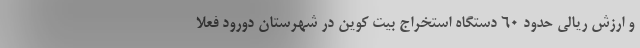
و ارزش ریالی حدود 60 دستگاه استخراج بیت کوین در شهرستان دورود فعلاً